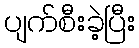
ပျက်စီးခဲ့ပြီး